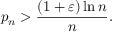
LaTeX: p _ { n } > { \frac { ( 1 + \varepsilon ) \ln n } { n } } .